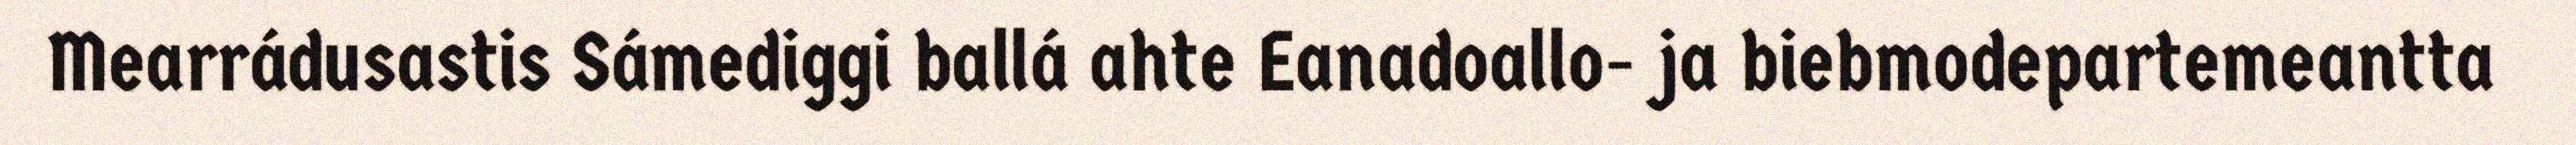
Mearrádusastis Sámediggi ballá ahte Eanadoallo- ja biebmodepartemeantta